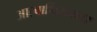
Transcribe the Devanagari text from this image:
आल्वार्थिरुनगर